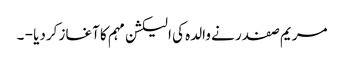
مریم صفدر نے والدہ کی الیکشن مہم کا آغاز کردیا - ۔